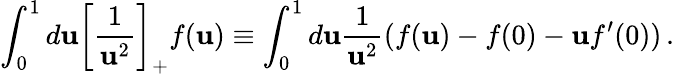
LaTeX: \int_{0}^{1}d\mathbf{u}\left[\frac{{1}}{{\mathbf{u}^{2}}}\right]_{+}f(\mathbf{u})\equiv\int_{0}^{1}d\mathbf{u}\frac{{1}}{{\mathbf{u}^{2}}}(f(\mathbf{u})-f(0)-\mathbf{u}f^{\prime}(0))\, .